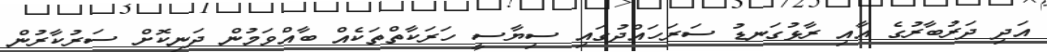
އަދި ދަރުބާރުގެ އާއި ރާޅުގަނޑު ސަރަހައްދުގައި ސިޔާސީ ހަރަކާތްތަކެއް ބާއްވަމުން ދަނިކޮށް ސަރުކާރުން